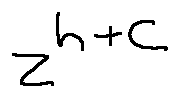
z ^ { h + c }